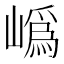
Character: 𭗛